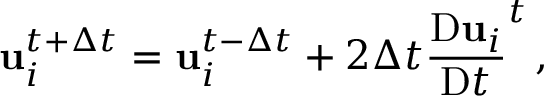
\mathbf { u } _ { i } ^ { t + \Delta t } = \mathbf { u } _ { i } ^ { t - \Delta t } + 2 \Delta t \frac { \mathrm { D } \mathbf { u } _ { i } } { \mathrm { D } t } ^ { t } \, ,